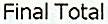
FINAL TOTAL